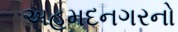
અહમદનગરનો